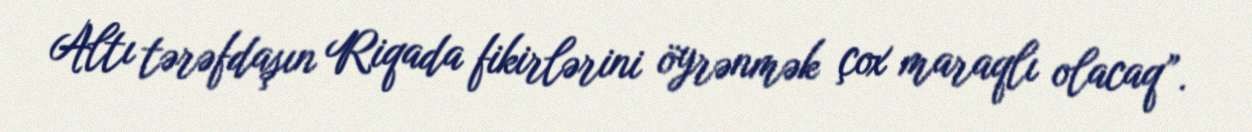
Altı tərəfdaşın Riqada fikirlərini öyrənmək çox maraqlı olacaq”.